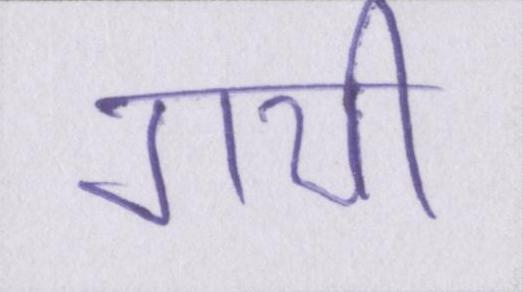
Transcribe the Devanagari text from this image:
गयीँ